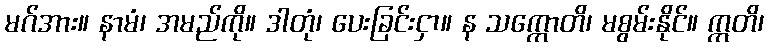
မဂ်အား။ နာမံ၊ အမည်ကို။ ဒါတုံ၊ ပေးခြင်းငှာ။ န သက္ကောတိ၊ မစွမ်းနိုင်။ ဣတိ၊